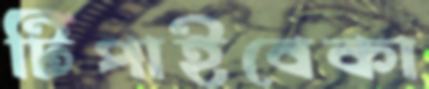
টিপাইবেকা